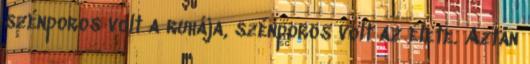
szénporos volt a ruhája, szénporos volt az élete. Aztán